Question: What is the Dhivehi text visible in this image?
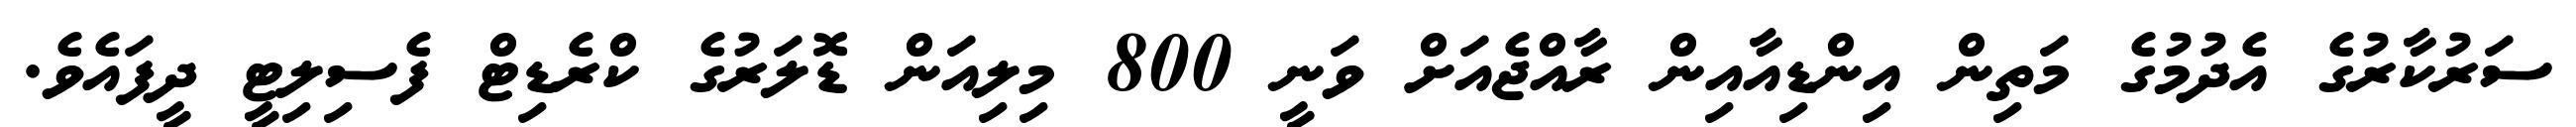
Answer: ސަރުކާރުގެ އެދުމުގެ މަތިން އިންޑިއާއިން ރާއްޖެއަށް ވަނީ 800 މިލިއަން ޑޮލަރުގެ ކްރެޑިޓް ފެސިލިޓީ ދީފައެވެ.